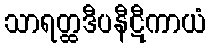
သာရတ္ထဒီပနီဋီကာယံ